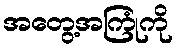
အတွေ့အကြုံကို